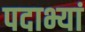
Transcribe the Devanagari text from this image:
पदाभ्यां